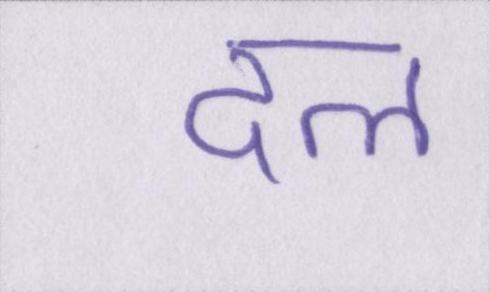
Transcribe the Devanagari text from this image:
दल